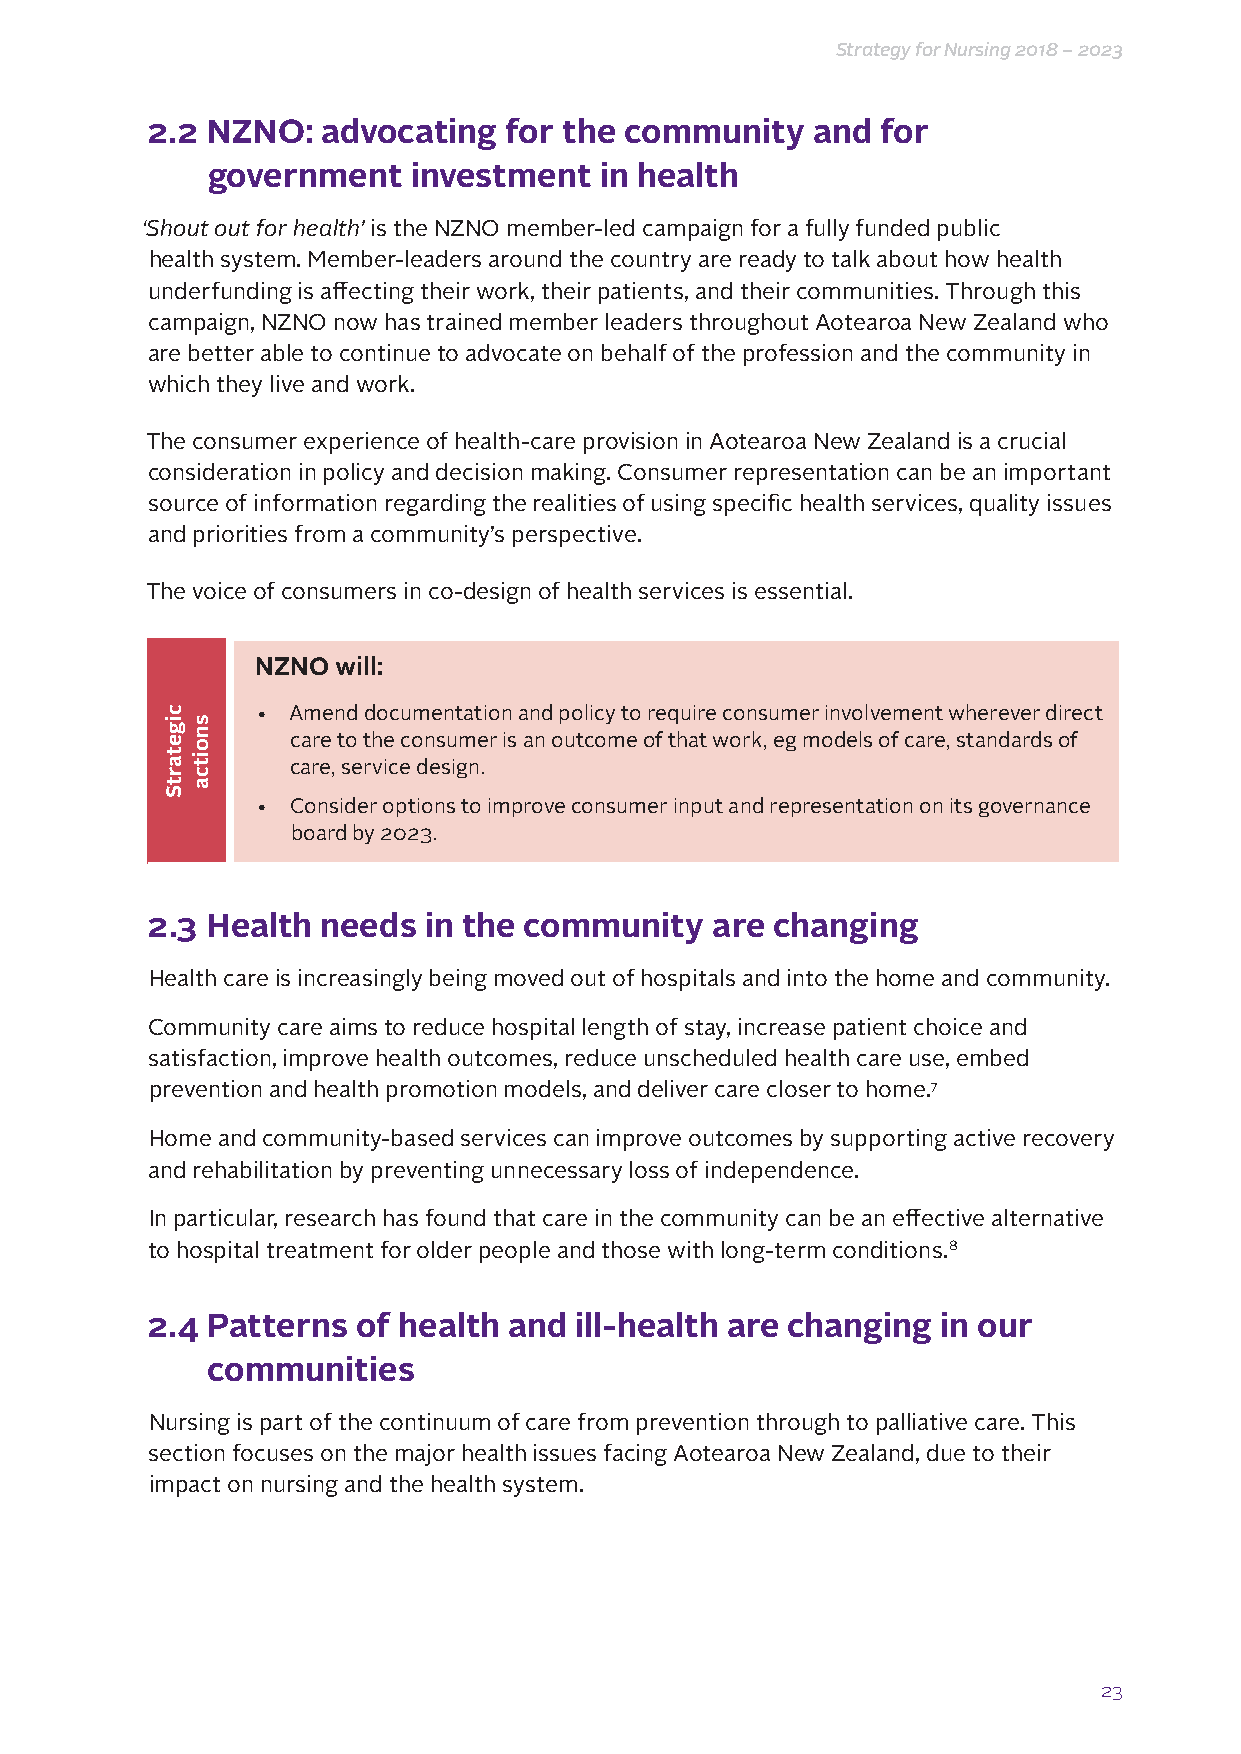
Strategy for Nursing 2018 – 2023
 2.2 NZNO:  advocating  for the community    and for
 government   investment   in health
 ‘Shout out for health’ is the NZNO member-led campaign for a fully funded public
 health system. Member-leaders around the country are ready to talk about how health
 underfunding is affecting their work, their patients, and their communities. Through this
 campaign, NZNO now has trained member leaders throughout Aotearoa New Zealand who
 are better able to continue to advocate on behalf of the profession and the community in
 which they live and work.
 The consumer experience of health-care provision in Aotearoa New Zealand is a crucial
 consideration in policy and decision making. Consumer representation can be an important
 source of information regarding the realities of using specific health services, quality issues
 and priorities from a community’s perspective.
 The voice of consumers in co-design of health services is essential.
 NZNO will:
 • Amend documentation and policy to require consumer involvement wherever direct
 care to the consumer is an outcome of that work, eg models of care, standards of
 care, service design.
 • Consider options to improve consumer input and representation on its governance
 board by 2023.
 2.3 Health needs  in the community   are changing
 Health care is increasingly being moved out of hospitals and into the home and community.
 Community care aims to reduce hospital length of stay, increase patient choice and
 satisfaction, improve health outcomes, reduce unscheduled health care use, embed
 prevention and health promotion models, and deliver care closer to home.7
 Home and community-based services can improve outcomes by supporting active recovery
 and rehabilitation by preventing unnecessary loss of independence.
 In particular, research has found that care in the community can be an effective alternative
 to hospital treatment for older people and those with long-term conditions.8
 2.4 Patterns  of health and ill-health are changing in our
 communities
 Nursing is part of the continuum of care from prevention through to palliative care. This
 section focuses on the major health issues facing Aotearoa New Zealand, due to their
 impact on nursing and the health system.
 23
 cigetartS
 snoitca